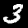
Label: 3